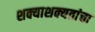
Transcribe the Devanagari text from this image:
शक्याशक्यतांचा